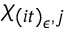
\chi _ { ( i t ) _ { \epsilon } , j }